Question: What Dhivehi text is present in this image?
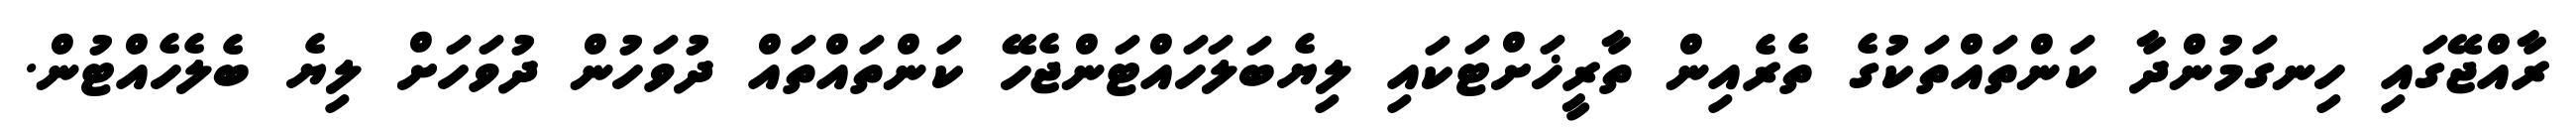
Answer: ރާއްޖޭގައި ހިނގަމުންދާ ކަންތައްތަކުގެ ތެރެއިން ތާރީޚަށްޓަކައި ލިޔެބަލަހައްޓަންޖެހޭ ކަންތައްތައް ދުވަހުން ދުވަހަށް ލިޔެ ބެލެހެއްޓުން.